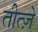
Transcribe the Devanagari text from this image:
तीत्ज़े